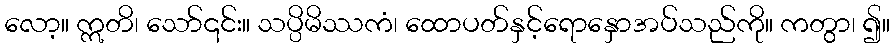
လော့။ ဣတိ၊ သော်၎င်း။ သပ္ပိမိဿကံ၊ ထောပတ်နှင့်ရောနှောအပ်သည်ကို။ ကတွာ၊ ၍။